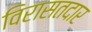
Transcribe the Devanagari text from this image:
विरासतदार